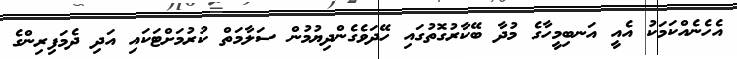
އެހެނެއްކަމަކު އެއީ އަނބިމީހާގެ މުދާ ބޭކާރުގޮތުގައި ހޭދަވެގެންދިޔުމުން ސަލާމަތް ކުރުމަށްޓަކައި އަދި ދެމަފިރިންގެ